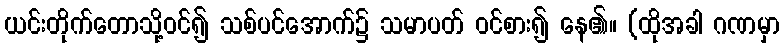
ယင်းတိုက်တောသို့ဝင်၍ သစ်ပင်အောက်၌ သမာပတ် ဝင်စား၍ နေ၏။ (ထိုအခါ ဂဏမှာ